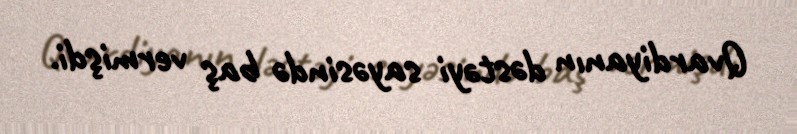
Qvardiyanın dəstəyi sayəsində baş vermişdi.